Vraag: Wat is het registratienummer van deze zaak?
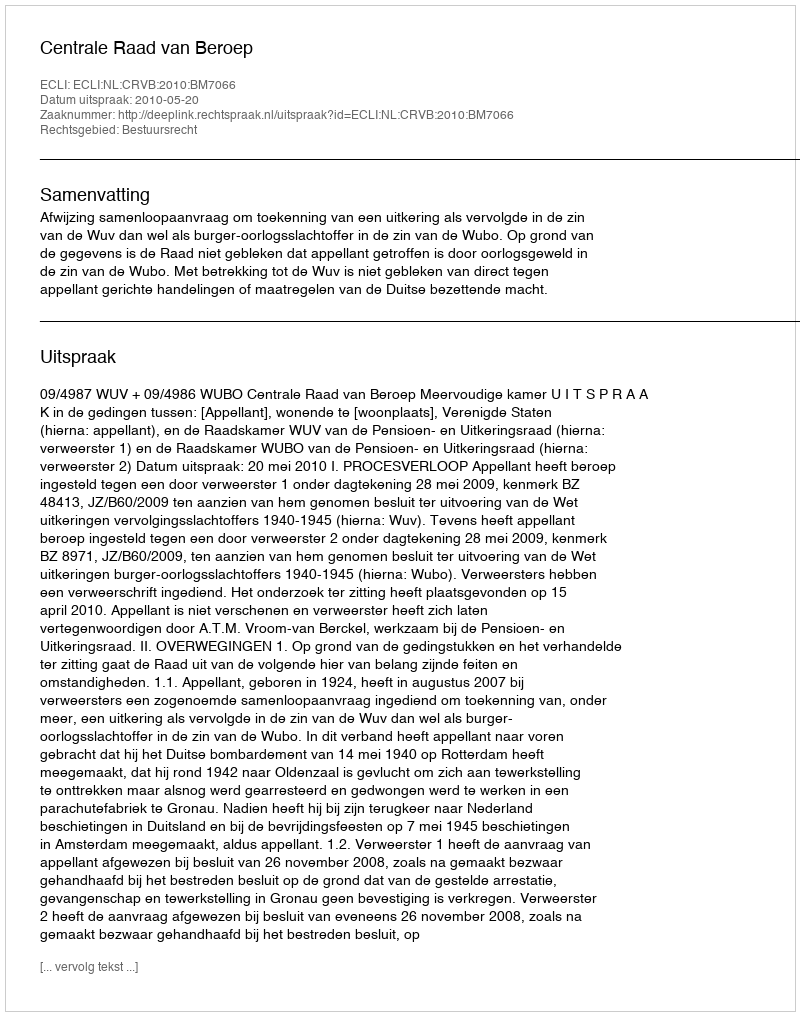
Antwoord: http://deeplink.rechtspraak.nl/uitspraak?id=ECLI:NL:CRVB:2010:BM7066